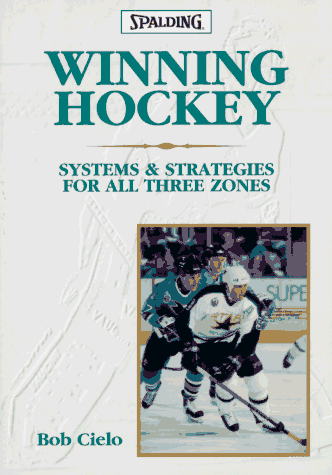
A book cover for Winning Hockey (Spalding Sports Library); Bob Cielo; Sports & Outdoors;